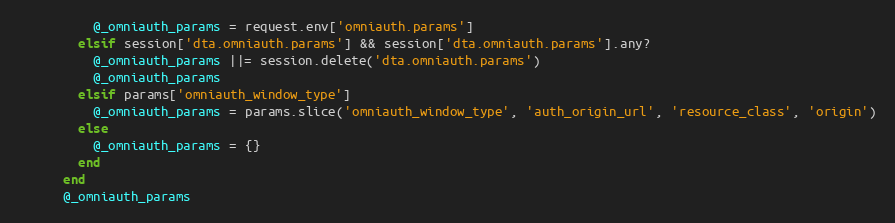
Language: Ruby
          @_omniauth_params = request.env['omniauth.params']
        elsif session['dta.omniauth.params'] && session['dta.omniauth.params'].any?
          @_omniauth_params ||= session.delete('dta.omniauth.params')
          @_omniauth_params
        elsif params['omniauth_window_type']
          @_omniauth_params = params.slice('omniauth_window_type', 'auth_origin_url', 'resource_class', 'origin')
        else
          @_omniauth_params = {}
        end
      end
      @_omniauth_params